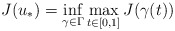
\begin{align*} J(u_*) = \inf_{\gamma\in\Gamma} \max_{t\in[0,1]} J(\gamma(t))\end{align*}